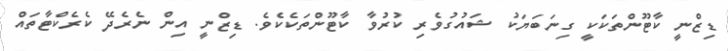
ޑިޒްނީ ކާޓޫންތަކަކީ ގިނަބަޔަކު ޝައުގުވެރި ކުރުވާ ކާޓޫންތަކެކެވެ. ޑިޒްނީ އިން ނެރެދޭ ކެރެކްޓާތައް